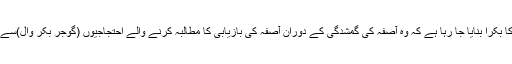
ضلعی صدر نے مزید کہا ” دیپک بے قصور ہے اور اُسے محض اِس بنا پر بلی کا بکرا بنایا جا رہا ہے کہ وہ آصفہ کی گمشدگی کے دوران آصفہ کی بازیابی کا مطالبہ کرنے والے احتجاجیوں (گوجر بکر وال)سے سختی سے پیش آیا تھا کیونکہ وہ پاکستان کے حق میں نعرے بلند کر رہے تھے۔